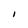
Character: l